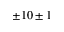
\pm 1 0 \pm 1